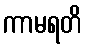
ကာမရတိ